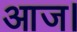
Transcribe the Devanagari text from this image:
आज।